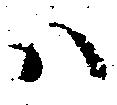
ハ